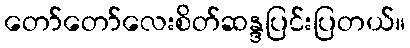
တော်တော်လေးစိတ်ဆန္ဒပြင်းပြတယ်။